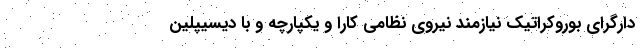
دارگرای بوروکراتیک نیازمند نیروی نظامی کارا و یکپارچه و با دیسیپلین